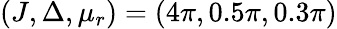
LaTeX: (J,\Delta,\mu_{r})=(4\pi,0.5\pi,0.3\pi)